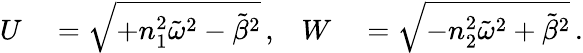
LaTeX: \begin{array}{rlrl}{U}&{{}=\sqrt{+n_{1}^{2}\tilde{\omega}^{2}-\tilde{\beta}^{2}}\, ,}&{W}&{{}=\sqrt{-n_{2}^{2}\tilde{\omega}^{2}+\tilde{\beta}^{2}}\, .}\end{array}